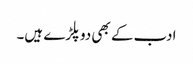
ادب کے بھی دوپلڑے ہیں۔